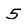
Character: 5